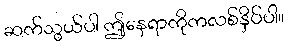
ဆက်သွယ်ပါ ဤနေရာကိုကလစ်နှိပ်ပါ။